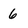
Character: 6